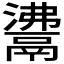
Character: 𩰾